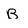
Character: B